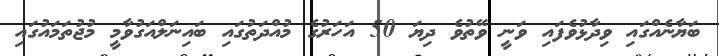
ބަޔާނެއްގައި ވިދާޅުވެފައި ވަނީ ވޭތުވެ ދިޔަ 50 އަހަރުގެ މުއްދަތުގައި ބައިނަލްއަގުވާމީ މުޖުތަމައުގައި